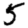
Digit: 5